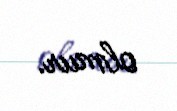
olmur.